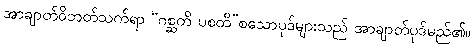
အာချာတ်ဝိဘတ်သက်ရာ “ဂစ္ဆတိ ပစတိ”စသောပုဒ်များသည် အာချာတ်ပုဒ်မည်၏။